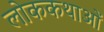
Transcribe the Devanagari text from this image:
लोककथाआें